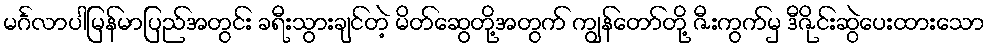
မင်္ဂလာပါမြန်မာပြည်အတွင်း ခရီးသွားချင်တဲ့ မိတ်ဆွေတို့အတွက် ကျွန်တော်တို့ ဇီးကွက်မှ ဒီဇိုင်းဆွဲပေးထားသော